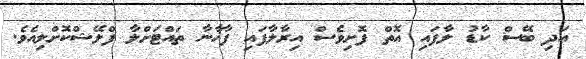
އަދި ބޭސް ކާޑު ލާފައި އޮތް ފޮށިވެސް އިރާލާފައި ފާޚާނާ ތައްޓަށްލާ ފްލޭޝްކޮށްލިއެވެ.